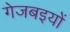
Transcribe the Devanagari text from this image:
गेजबइयों